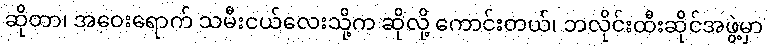
ဆိုတာ၊ အဝေးရောက် သမီးငယ်လေးသို့က ဆိုလို့ ကောင်းတယ်၊ ဘလိုင်းထီးဆိုင်အဖွဲ့မှာ